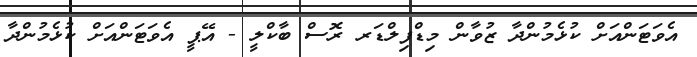
އެވަޓަންއަށް ކުޅެމުންދާ ޒުވާން މިޑްފިލްޑަރ ރޮސް ބާކްލީ - އޭޕީ އެވަޓަންއަށް ކުޅެމުންދާ